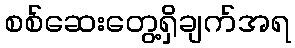
စစ်ဆေးတွေ့ရှိချက်အရ